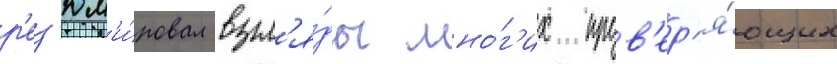
р'ез'юм'и́ровал взгл'я́ды мно́г'их пров'ер'я́ющих